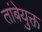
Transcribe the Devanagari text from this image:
तांबेयुक्त